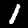
Label: 1